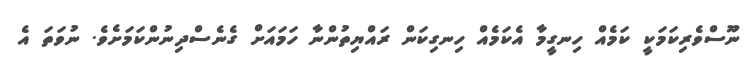
ނޫސްވެރިކަމަކީ ކަމެއް ހިނގީމާ އެކަމެއް ހިނގިކަން ރައްޔިތުންނާ ހަމައަށް ގެނެސްދިނުންކަމަށެވެ. ނުވަތަ އެ